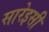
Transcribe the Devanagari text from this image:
सारेइसी